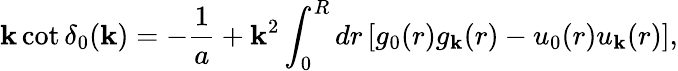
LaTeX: \mathbf{k}\cot\delta_{0}(\mathbf{k})=-\frac{{1}}{{a}}+\mathbf{k}^{2}\int_{0}^{R}dr\, [g_{0}(r)g_{\mathbf{k}}(r)-u_{0}(r)u_{\mathbf{k}}(r)],